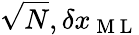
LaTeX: \sqrt{N},\delta x_{\mathrm{~M~L~}}